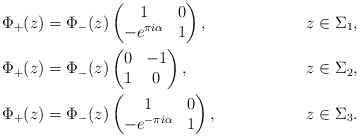
\begin{align*}&\Phi_+(z)=\Phi_-(z)\begin{pmatrix}1&0\\-e^{\pi i\alpha}&1\end{pmatrix}, &z\in \Sigma_1,\\&\Phi_+(z)=\Phi_-(z)\begin{pmatrix}0&-1\\1&0\end{pmatrix}, &z\in \Sigma_2,\\&\Phi_+(z)=\Phi_-(z)\begin{pmatrix}1&0\\-e^{-\pi i\alpha}&1\end{pmatrix}, &z\in \Sigma_3.\end{align*}